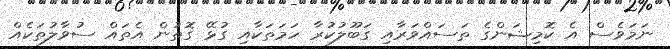
ނަމަވެސް އެ ކޮމިޝަންގެ ތަސައްވަރާއި ގަބޫލުކުރާ ހަމަތަކާއި ގުޅޭ ގޮތުން އެތައް ސުވާލުތަކެއް